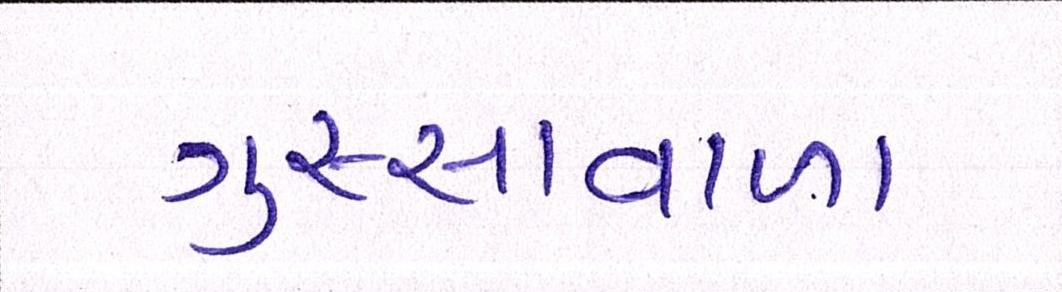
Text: ગુસ્સાવાળા